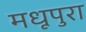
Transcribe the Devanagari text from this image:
मधूपुरा